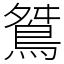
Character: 𪀾